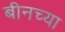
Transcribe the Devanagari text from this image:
बीनच्या